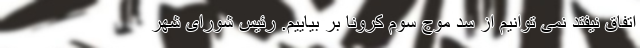
اتفاق نیفتد نمی توانیم از سد موج سوم کرونا بر بیاییم. رئیس شورای شهر